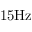
1 5 \mathrm { H z }